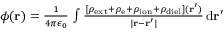
\begin{array} { r } { \phi ( \mathbf { r } ) = \frac { 1 } { 4 \pi \epsilon _ { 0 } } \, \int \frac { \left[ \rho _ { \mathrm { e x t } } + \rho _ { \mathrm { e } } + \rho _ { \mathrm { i o n } } + \rho _ { \mathrm { d i e l } } \right] ( \mathbf { r } ^ { \prime } ) } { | \mathbf { r } - \mathbf { r } ^ { \prime } | } \, \mathrm { d } \mathbf { r } ^ { \prime } } \end{array}